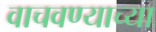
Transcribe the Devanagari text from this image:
वाचवण्याच्या